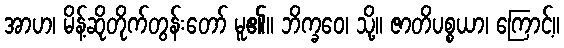
အာဟ၊ မိန့်ဆိုတိုက်တွန်းတော် မူ၏။ ဘိက္ခဝေ၊ သို့။ ဇာတိပစ္စယာ၊ ကြောင့်။